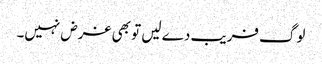
لوگ فریب دے لیں تو بھی غرض نہیں۔